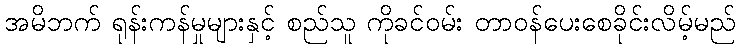
အမိဘက် ရုန်းကန်မှုများနှင့် စည်သူ ကိုခင်ဝမ်း တာဝန်ပေးစေခိုင်းလိမ့်မည်